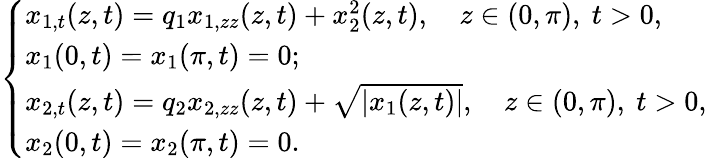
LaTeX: \left\{ \begin{array}{l}{{x_{1,t}(z,t)=q_{1}x_{1,zz}(z,t)+x_{2}^{2}(z,t),\quad z\in(0,\pi),\ t>0,}}\\ {{x_{1}(0,t)=x_{1}(\pi,t)=0;}}\\ {{x_{2,t}(z,t)=q_{2}x_{2,zz}(z,t)+\sqrt{|x_{1}(z,t)|},\quad z\in(0,\pi),\ t>0,}}\\ {{x_{2}(0,t)=x_{2}(\pi,t)=0.}}\end{array}\right.